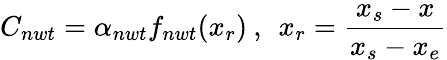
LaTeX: C_{nwt}=\alpha_{nwt}f_{nwt}(x_{r})\: ,\: \: x_{r}=\frac{x_{s}-x}{x_{s}-x_{e}}